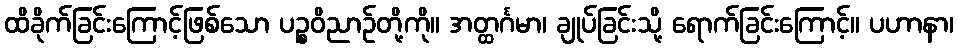
ထိခိုက်ခြင်းကြောင့်ဖြစ်သော ပဉ္စဝိညာဉ်တို့ကို။ အတ္ထင်္ဂမာ၊ ချုပ်ခြင်းသို့ ရောက်ခြင်းကြောင့်။ ပဟာနာ၊